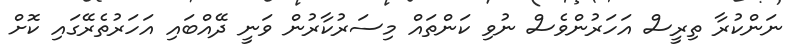
ނަންކުރާ ތިރީސް އަހަރުންވެސް ނުވި ކަންތައް މިސަރުކާރުން ވަނީ ދޭއްބައި އަހަރުތެރޭގައި ކޮށް